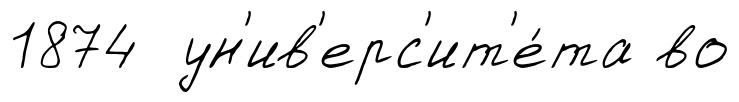
1874 ун'ив'ерс'ит'е́та во